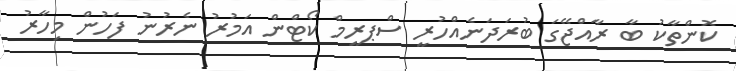
ކޮންތާކު ބާ ރާއްޖޭގަ ބުރަދަނެއްހުރީ ސްޕރީމް ކޯޓްން އަމުރު ނެރުނު ފަހުން މިހާރު